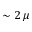
\sim 2 \, \mu